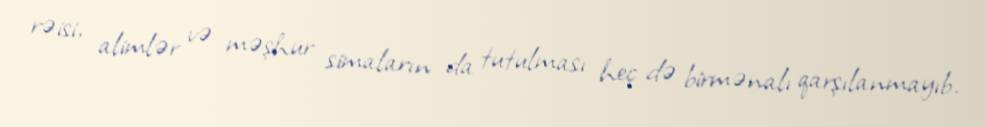
rəisi, alimlər və məşhur simaların da tutulması heç də birmənalı qarşılanmayıb.